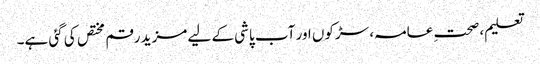
تعلیم، صحتِ عامہ، سڑکوں اور آب پاشی کے لیے مزید رقم مختص کی گئی ہے۔